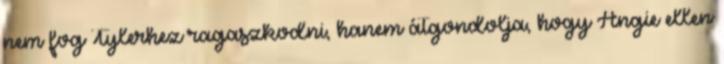
nem fog Tylerhez ragaszkodni, hanem átgondolja, hogy Angie ellen